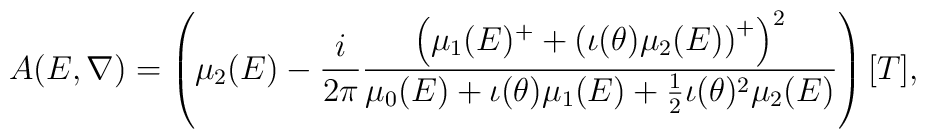
A(E,\nabla)=\left(\mu_2(E)-\frac{i}{2\pi }\frac{\left(\mu_1(E)^{+}+\left(\iota(\theta)\mu_2(E)\right)^{+}\right)^{2}}{\mu_{0}(E) +\iota(\theta)\mu_1(E) +\frac{1}{2} \iota(\theta)^2 \mu_2(E)} \right)[T],